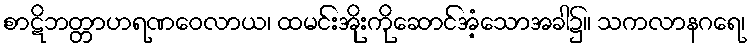
စာဋိဘတ္တာဟရဏဝေလာယ၊ ထမင်းအိုးကိုဆောင်အံ့သောအခါ၌။ သကလာနဂရေ၊